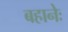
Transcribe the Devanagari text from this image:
बहानेः